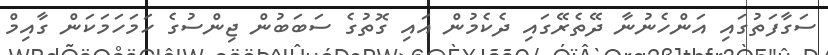
ސަގާފަތުގައި އަންހެނުނާ ދޭތެރޭގައި ދެކެމުން އައި ގޮތުގެ ސަބަބުން ޖިންސުގެ ހަމަހަމަކަން ގާއިމް